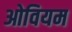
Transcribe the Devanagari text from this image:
ओवियम